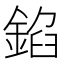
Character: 錎